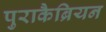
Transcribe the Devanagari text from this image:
पुराकैब्रियन